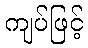
ကျပ်ဖြင့်